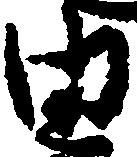
由